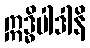
ဣဒ္ဓိပါဒါနိ